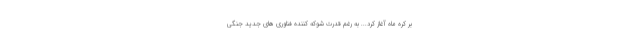
بر کره ماه آغاز کرد... به رغم قدرت شوکه کننده فناوری های جدید جنگی